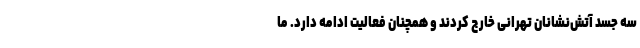
سه جسد آتش‌نشانان تهرانی خارج کردند و همچنان فعالیت ادامه دارد. ما